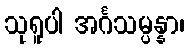
သုရူပါ အင်္ဂသမ္ပန္နာ၊